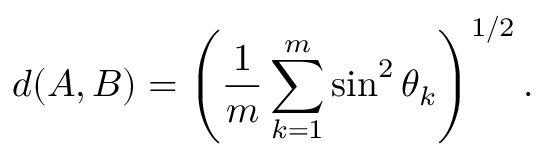
d ( A , B ) = \left( \frac { 1 } { m } \sum _ { k = 1 } ^ { m } \sin ^ { 2 } \theta _ { k } \right) ^ { 1 / 2 } .